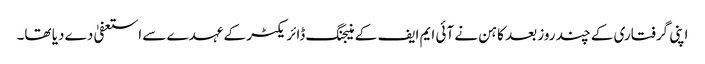
اپنی گرفتاری کے چند روز بعد کاہن نے آئی ایم ایف کے منیجنگ ڈائریکٹر کے عہدے سے استعفیٰ دے دیا تھا۔